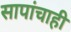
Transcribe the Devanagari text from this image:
सापांचाही